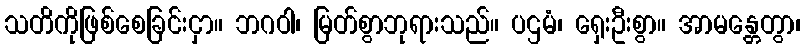
သတိကိုဖြစ်စေခြင်းငှာ။ ဘဂဝါ၊ မြတ်စွာဘုရားသည်။ ပဌမံ၊ ရှေးဦးစွာ။ အာမန္တေတွာ၊